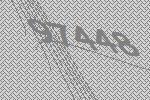
97448